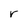
Character: r